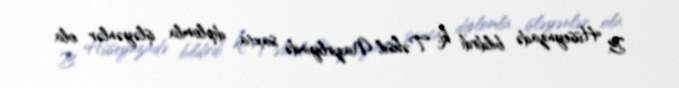
B. Hüseynzadə bildirdi ki, Təhsil Nazirliyində saxta diplomla işləyənlər ola